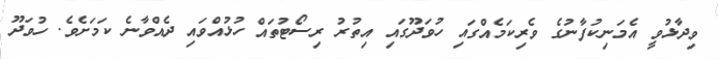
ވިދާޅުވީ އެމަނިކުފާނުގެ ވެރިކަމެއްގައި ހުވަދޫގައި އިތުރު ރިސޯޓުތައް ހުޅުއްވައި ދެއްވާނެ ކަމަށެވެ. ހުވަދޫ